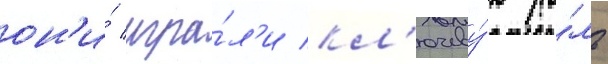
он'и́ игра́л'и кл'ючеву́ю ро́ль